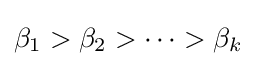
\beta _{1}>\beta _{2}>\cdots >\beta _{k}